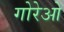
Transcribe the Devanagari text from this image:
गोरेओ